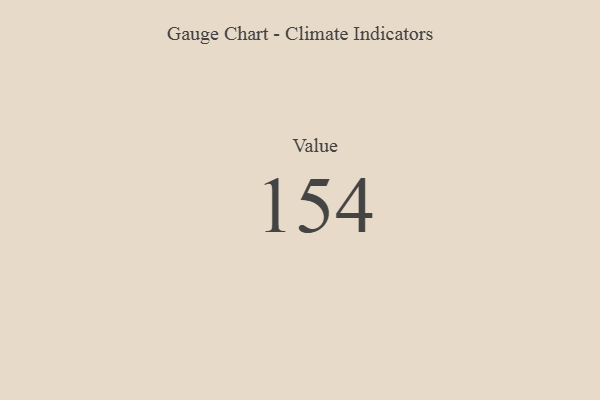
{"axis": {"x": "Metric", "y": "Value"}, "legend": [""], "data": [{"x": "Value", "y": 154, "type": ""}]}